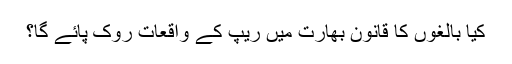
کیا بالغوں کا قانون بھارت میں ریپ کے واقعات روک پائے گا؟